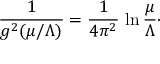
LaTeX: { \frac { 1 } { g ^ { 2 } ( \mu / \Lambda ) } } = { \frac { 1 } { 4 \pi ^ { 2 } } } \, \ln { \frac { \mu } { \Lambda } } \cdotp